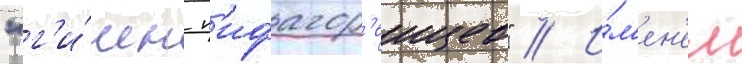
"г'и́мн п'ифагор'еицев" // И́м'ен'ем